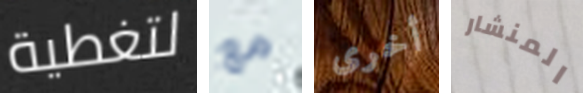
لتغطية مع أخرى المنشار